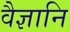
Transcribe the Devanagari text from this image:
वैज्ञानि